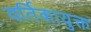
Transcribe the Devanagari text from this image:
वर्तिकायुक्त